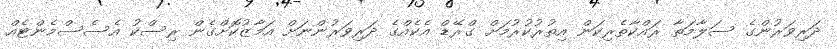
ދަރިވަރުންގެ ސަލާމަތާ ރައްކާތެރިކަން އިތުރުކުރުމަށް ގްރޭޑް އެކެއްގެ ދަރިވަރުންނަށް އަމާޒުކޮށްގެން ރިސްކު އެސެސްމެންޓެއް